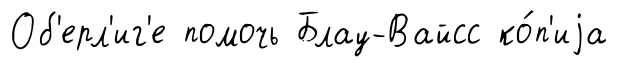
Об'ерл'иг'е помочь Блау-Вайсс ко́п'иjа